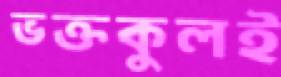
ভক্তকুলই